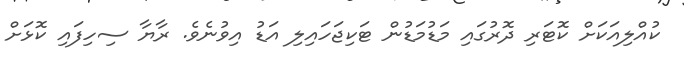
ކުއްލިއަކަށް ކޮޓަރި ދޮރުގައި މަޑުމަޑުން ޓަކިޖަހައިލި އަޑު އިވުނެވެ. ރާޔާ ސިހިފައި ކޮޅަށް